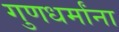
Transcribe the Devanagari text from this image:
गुणधर्मांना